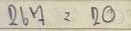
267 = 20